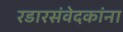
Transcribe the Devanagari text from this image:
रडारसंवेदकांना